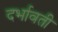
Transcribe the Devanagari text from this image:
दर्भावती